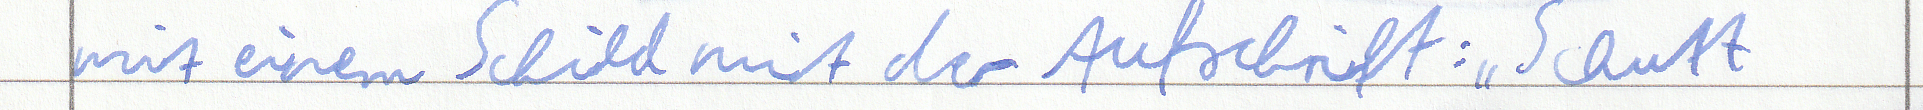
mit einem Schild mit der Aufschrift: " Schutt